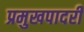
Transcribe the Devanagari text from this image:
प्रमुखपादरी